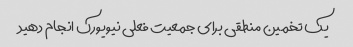
یک تخمین منطقی برای جمعیت فعلی نیویورک انجام دهید